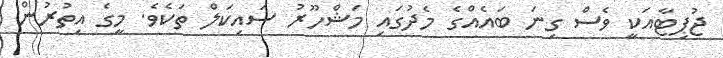
ޖުޕިޓާއަކީ ވެސް ގިނަ ބައެއްގެ މެދުގައި މަޝްހޫރު ސައިކަލް ތަކެވެ. މީގެ އިތުރުން